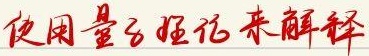
使用量子理论来解释